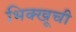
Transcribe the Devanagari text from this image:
भिक्खूची